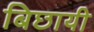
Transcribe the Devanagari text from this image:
बिछायी